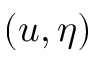
( u , \eta )